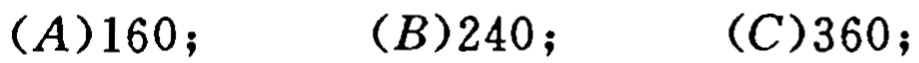
$(A)160; \quad (B)240; \quad (C)360;$